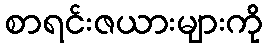
စာရင်းဇယားများကို